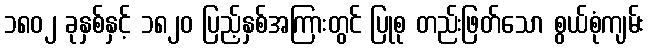
၁၈၀၂ ခုနှစ်နှင့် ၁၈၂၀ ပြည့်နှစ်အကြားတွင် ပြုစု တည်းဖြတ်သော စွယ်စုံကျမ်း